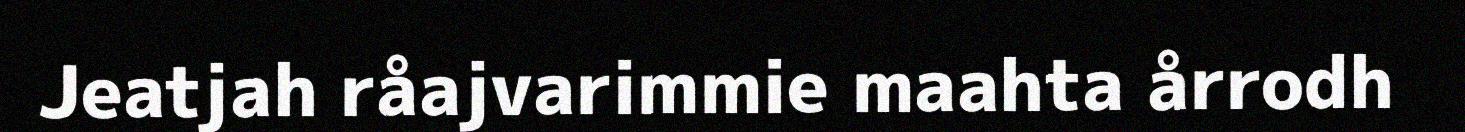
Jeatjah råajvarimmie maahta årrodh